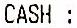
CASH :